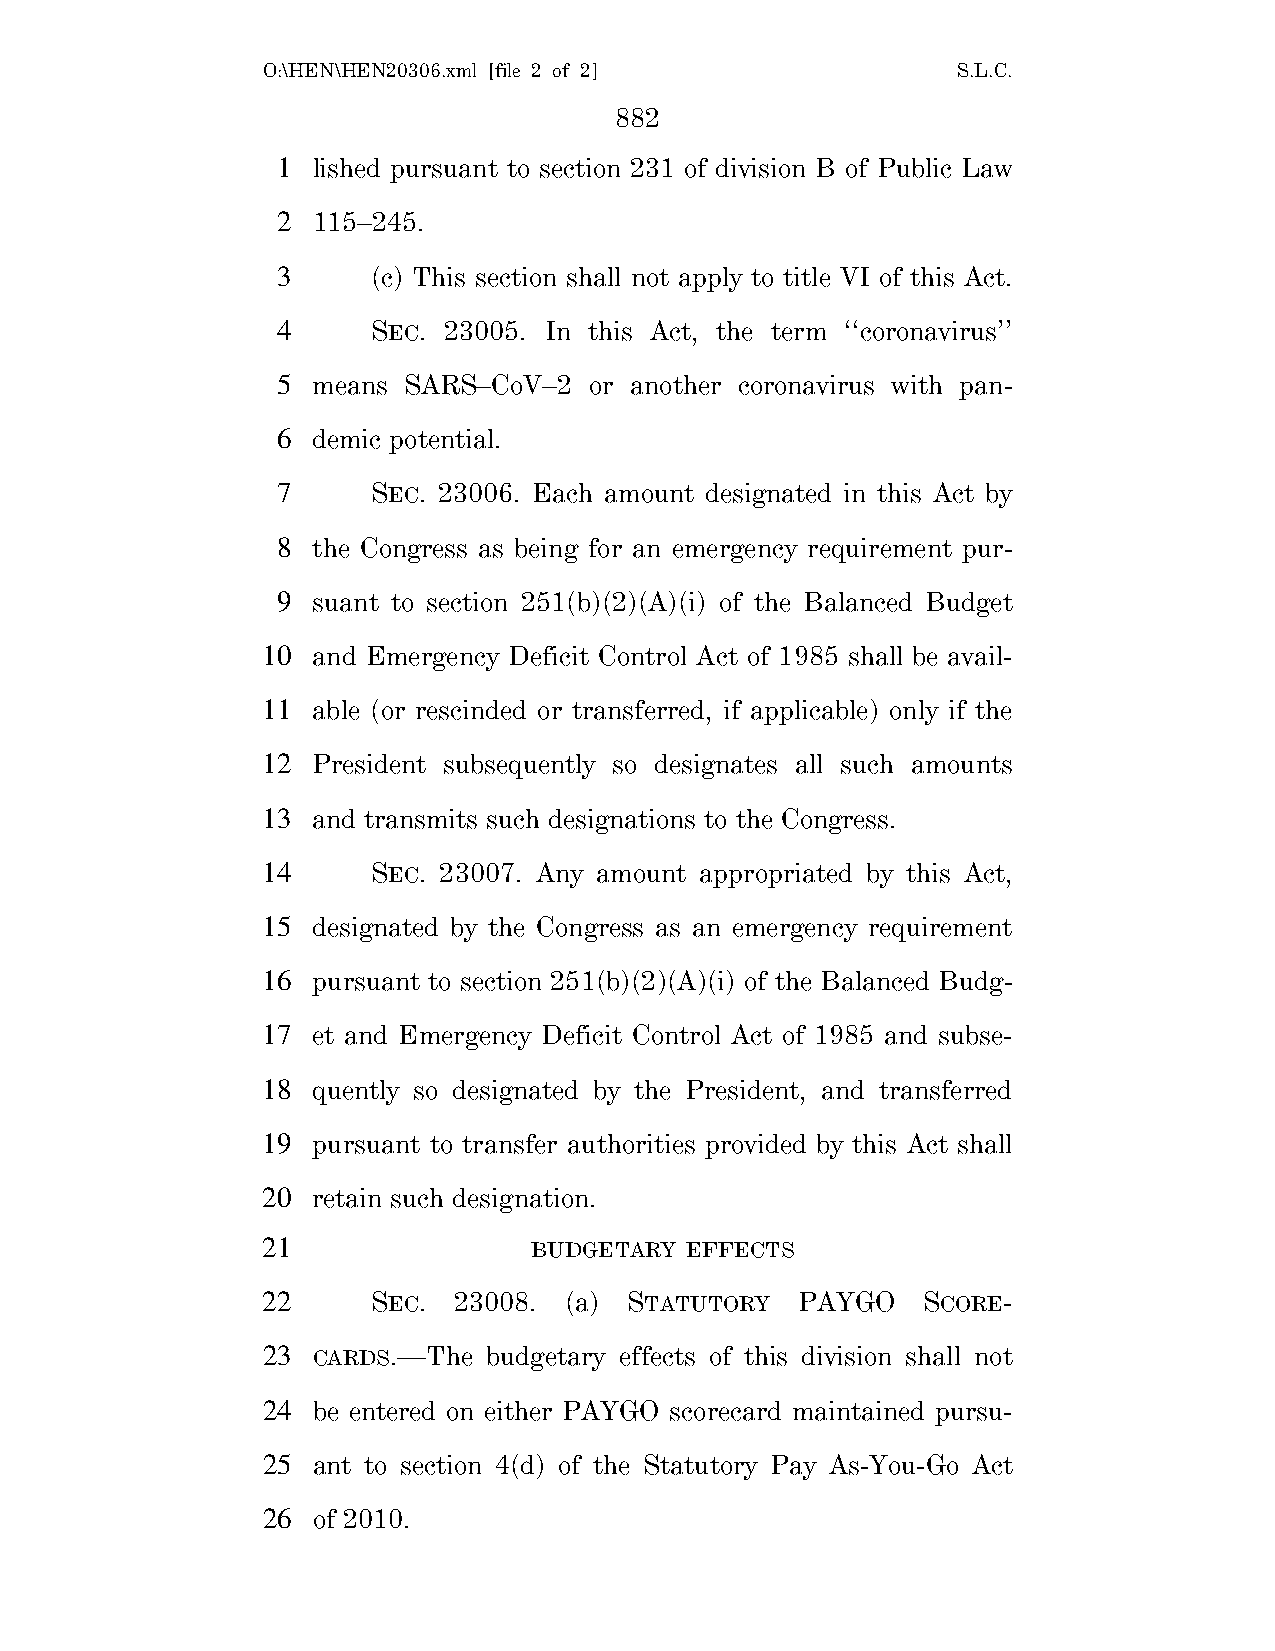
O:\HEN\HEN20306.xml [file 2 of 2]             S.L.C.
 882
 1  lished pursuant to section 231 of division B of Public Law
 2  115–245.
 3      (c) This section shall not apply to title VI of this Act.
 4      SEC. 23005. In this Act, the term ‘‘coronavirus’’
 5  means SARS–CoV–2  or another coronavirus with pan-
 6  demic potential.
 7      SEC. 23006. Each amount designated in this Act by
 8  the Congress as being for an emergency requirement pur-
 9  suant to section 251(b)(2)(A)(i) of the Balanced Budget
 10  and Emergency Deficit Control Act of 1985 shall be avail-
 11  able (or rescinded or transferred, if applicable) only if the
 12  President subsequently so designates all such amounts
 13  and transmits such designations to the Congress.
 14      SEC. 23007. Any amount appropriated by this Act,
 15  designated by the Congress as an emergency requirement
 16  pursuant to section 251(b)(2)(A)(i) of the Balanced Budg-
 17  et and Emergency Deficit Control Act of 1985 and subse-
 18  quently so designated by the President, and transferred
 19  pursuant to transfer authorities provided by this Act shall
 20  retain such designation.
 21                BUDGETARY EFFECTS
 22      SEC. 23008. (a)  STATUTORY  PAYGO   SCORE-
 23  CARDS.—The budgetary effects of this division shall not
 24  be entered on either PAYGO scorecard maintained pursu-
 25  ant to section 4(d) of the Statutory Pay As-You-Go Act
 26  of 2010.